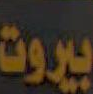
بيروت